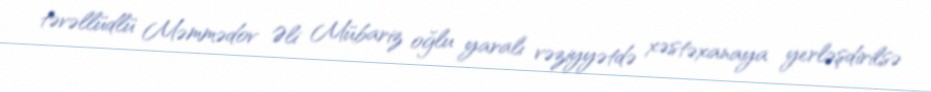
təvəllüdlü Məmmədov Əli Mübariz oğlu yaralı vəziyyətdə xəstəxanaya yerləşdirilsə